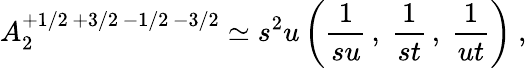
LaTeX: A_{2}^{+1/2\, +3/2\, -1/2\, -3/2}\simeq s^{2}u\left(\frac{1}{su}\, ,\ \frac{1}{st}\, ,\ \frac{1}{ut}\right)\ ,